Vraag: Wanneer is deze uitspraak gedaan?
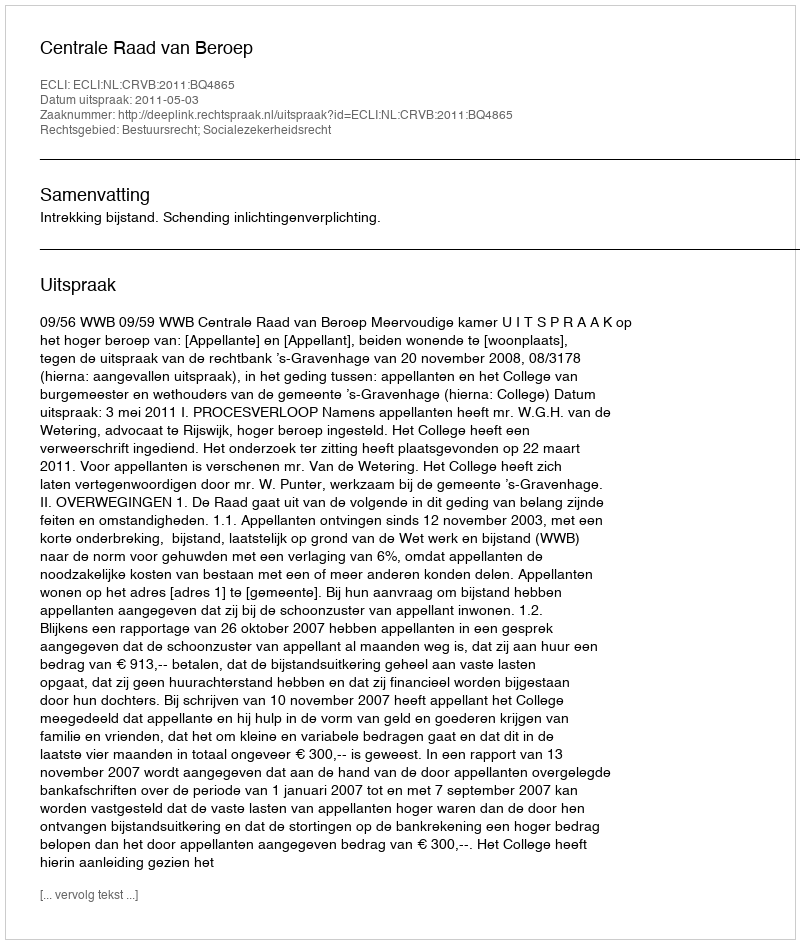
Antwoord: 2011-05-03